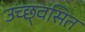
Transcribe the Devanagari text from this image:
उच्छ्‌वसित